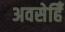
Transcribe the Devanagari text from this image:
अवसेहिँ